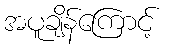
အပူချိန်ကြောင့်